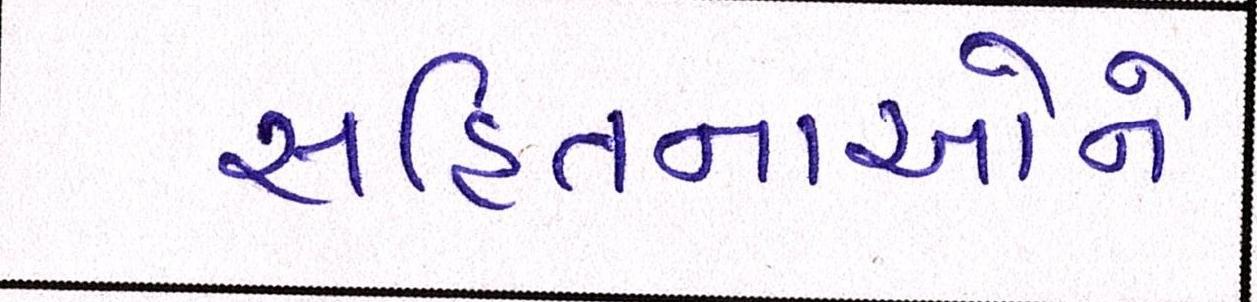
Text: સહિતનાઓને